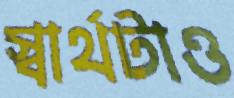
স্বার্থটাও